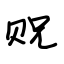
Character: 贶